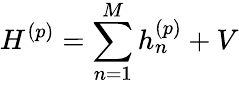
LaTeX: H^{(p)}=\sum_{n=1}^{M}h_{n}^{(p)}+V